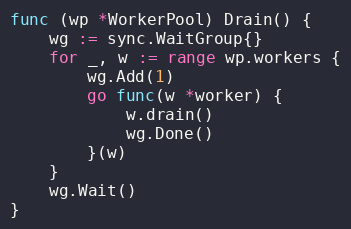
Language: Go
func (wp *WorkerPool) Drain() {
	wg := sync.WaitGroup{}
	for _, w := range wp.workers {
		wg.Add(1)
		go func(w *worker) {
			w.drain()
			wg.Done()
		}(w)
	}
	wg.Wait()
}